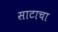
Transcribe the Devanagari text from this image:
साटाचा